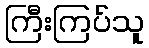
ကြီးကြပ်သူ